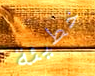
خطيئة